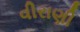
વીરાણી